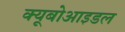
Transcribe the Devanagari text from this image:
क्यूबोआइडल